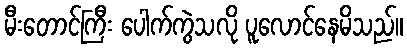
မီးတောင်ကြီး ပေါက်ကွဲသလို ပူလောင်နေမိသည်။